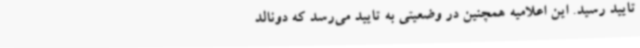
تایید رسید. این اعلامیه همچنین در وضعیتی به تایید می‌رسد که دونالد